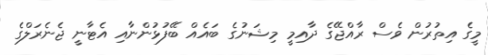
މީގެ އިތުރުން ވެސް ރާއްޖޭގެ ދާއިމީ މިޝަނުގެ ބައެއް ބޭފުޅުންނާއި އެޓާނީ ޖެނެރަލްގެ